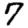
Digit: 7